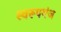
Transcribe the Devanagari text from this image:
स्वरूपगंज